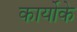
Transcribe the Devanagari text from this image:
कार्योके